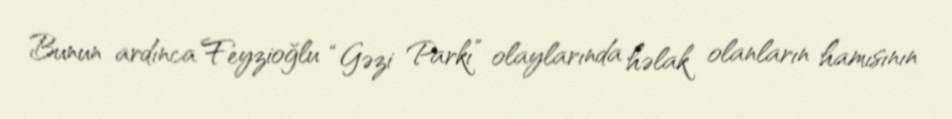
Bunun ardınca Feyzioğlu “Gəzi Parkı” olaylarında həlak olanların hamısının